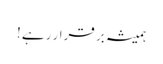
ہمیشہ بر قرار رہے !